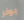
بونر